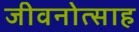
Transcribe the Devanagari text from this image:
जीवनोत्साह